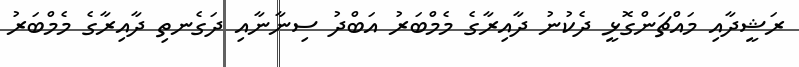
ރަޝީދާއި މައްޗަންގޮޅީ ދެކުނު ދާއިރާގެ މެމްބަރު އަބްދު ސިނާނާއި ދަގެނތި ދާއިރާގެ މެމްބަރު